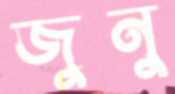
জুনু